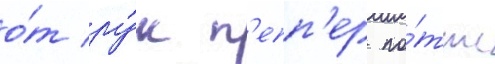
о́т ру́к п'епп'ер по́ттс